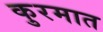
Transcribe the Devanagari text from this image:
कुरमात